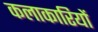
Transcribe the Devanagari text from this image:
कलाकारियों